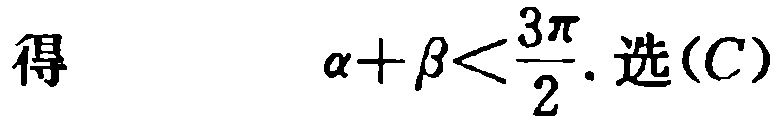
得 \(\alpha+\beta<\frac{3\pi}{2}\). 选(C)